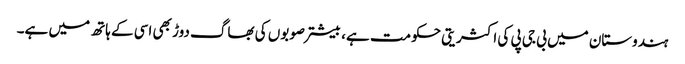
ہندوستان میں بی جی پی کی اکثریتی حکومت ہے، بیشتر صوبوں کی بھاگ دوڑ بھی اسی کے ہاتھ میں ہے۔